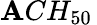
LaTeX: \mathbf{A}CH_{50}\,